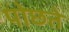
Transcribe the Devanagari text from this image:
पोछते